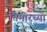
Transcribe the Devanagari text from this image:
तिमोरच्या